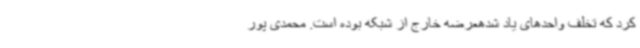
کرد که تخلف واحدهای یاد شدهعرضه خارج از شبکه بوده است. محمدی پور